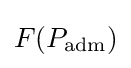
F(P_{\text{adm}})